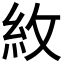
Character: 𮈄